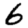
Digit: 6